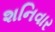
શનિવાર